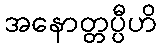
အနောတ္တပ္ပီဟိ